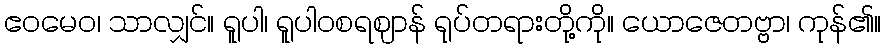
ဧဝမေဝ၊ သာလျှင်။ ရူပါ၊ ရူပါဝစရဈာန် ရုပ်တရားတို့ကို။ ယောဇေတဗ္ဗာ၊ ကုန်၏။